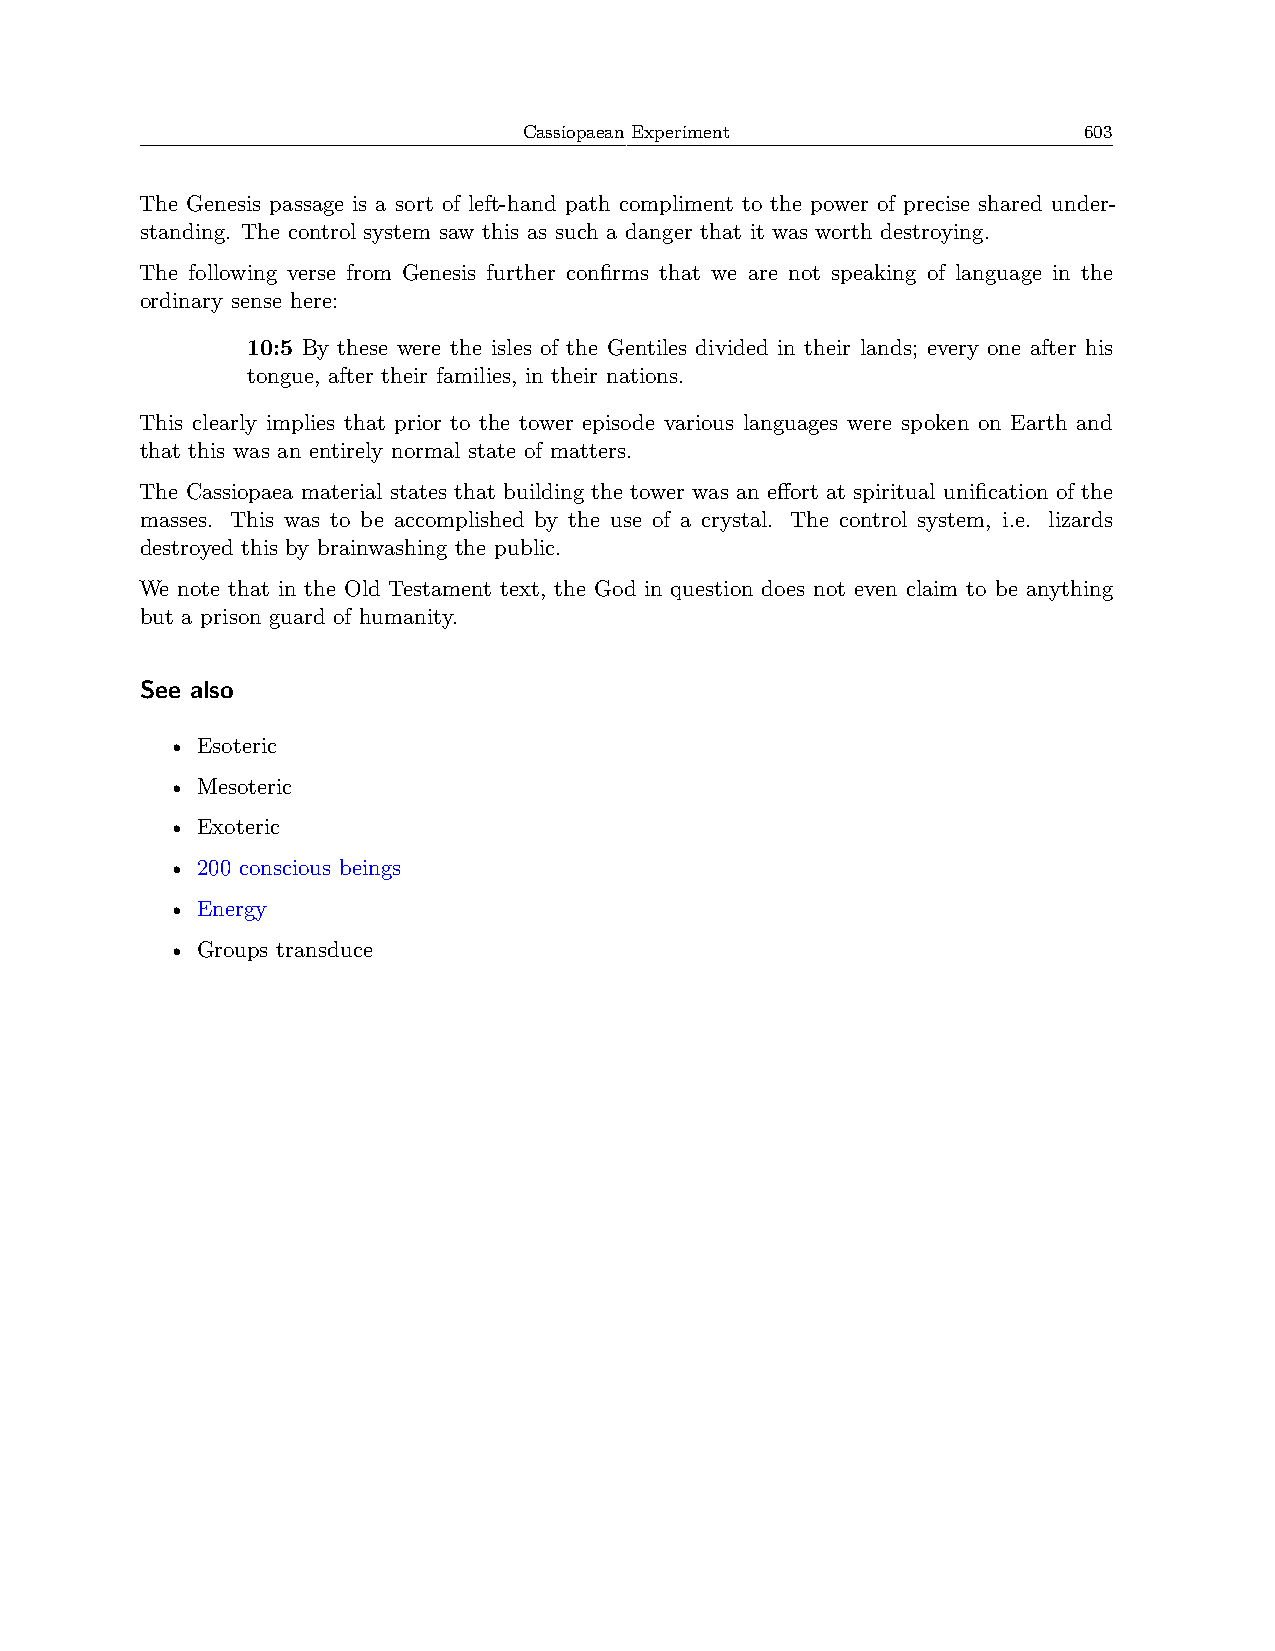
Cassiopaean Experiment               603
 The Genesis passage is a sort of left-hand path compliment to the power of precise shared under-
 standing. The control system saw this as such a danger that it was worth destroying.
 The following verse from Genesis further confirms that we are not speaking of language in the
 ordinary sense here:
 10:5 By these were the isles of the Gentiles divided in their lands; every one after his
 tongue, after their families, in their nations.
 This clearly implies that prior to the tower episode various languages were spoken on Earth and
 that this was an entirely normal state of matters.
 The Cassiopaea material states that building the tower was an effort at spiritual unification of the
 masses. This was to be accomplished by the use of a crystal. The control system, i.e. lizards
 destroyed this by brainwashing the public.
 We note that in the Old Testament text, the God in question does not even claim to be anything
 but a prison guard of humanity.
 See also
 • Esoteric
 • Mesoteric
 • Exoteric
 • 200 conscious beings
 • Energy
 • Groups transduce